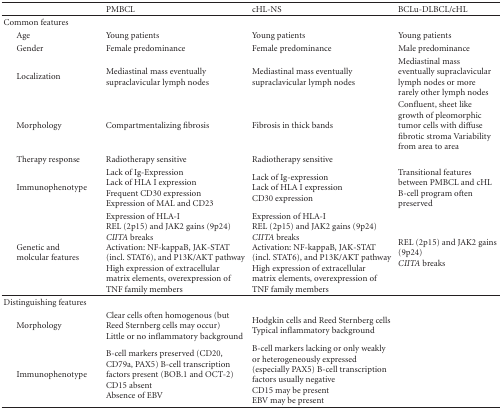
<table><thead><tr><td></td><td><b>PMBCL</b></td><td><b>cHL-NS</b></td><td><b>BCLu-DLBCL/cHL</b></td></tr></thead><tbody><tr><td>Common features</td><td></td><td></td><td></td></tr><tr><td> Age</td><td>Young patients</td><td>Young patients</td><td>Young patients</td></tr><tr><td> Gender</td><td>Female predominance</td><td>Female predominance</td><td>Male predominance</td></tr><tr><td> Localization</td><td>Mediastinal mass eventually supraclavicular lymph nodes</td><td>Mediastinal mass eventually supraclavicular lymph nodes</td><td>Mediastinal mass eventually supraclavicular lymph nodes or more rarely other lymph nodes</td></tr><tr><td> Morphology</td><td>Compartmentalizing fibrosis</td><td>Fibrosis in thick bands</td><td>Confluent, sheet like growth of pleomorphic tumor cells with diffuse fibrotic stroma Variability from area to area</td></tr><tr><td> Therapy response</td><td>Radiotherapy sensitive</td><td>Radiotherapy sensitive</td><td></td></tr><tr><td> Immunophenotype</td><td>Lack of Ig-Expression Lack of HLA I expressionFrequent CD30 expression Expression of MAL and CD23</td><td>Lack of Ig-expressionLack of HLA I expressionCD30 expression</td><td>Transitional features between PMBCL and cHLB-cell program often preserved</td></tr><tr><td> Genetic andmolcular features</td><td>Expression of HLA-IREL (2p15) and JAK2 gains (9p24) <i>CIITA</i> breaksActivation: NF-kappaB, JAK-STAT (incl. STAT6), and P13K/AKT pathway High expression of extracellular matrix elements, overexpression of TNF family members</td><td>Expression of HLA-I REL (2p15) and JAK2 gains (9p24) <i>CIITA</i> breaksActivation: NF-kappaB, JAK-STAT (incl. STAT6), and P13K/AKT pathwayHigh expression of extracellular matrix elements, overexpression of TNF family members</td><td>REL (2p15) and JAK2 gains (9p24) <i>CIITA</i> breaks</td></tr><tr><td>Distinguishing features</td><td></td><td></td><td></td></tr><tr><td> Morphology</td><td>Clear cells often homogenous (but Reed Sternberg cells may occur) Little or no inflammatory background</td><td>Hodgkin cells and Reed Sternberg cellsTypical inflammatory background</td><td></td></tr><tr><td> Immunophenotype</td><td>B-cell markers preserved (CD20, CD79a, PAX5) B-cell transcription factors present (BOB.1 and OCT-2) CD15 absent Absence of EBV</td><td>B-cell markers lacking or only weakly or heterogeneously expressed (especially PAX5) B-cell transcription factors usually negative CD15 may be presentEBV may be present</td><td></td></tr></tbody></table>